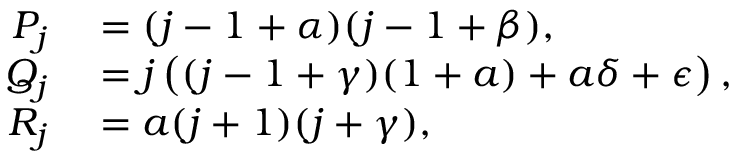
\begin{array} { r l } { P _ { j } } & { { } = ( j - 1 + \alpha ) ( j - 1 + \beta ) , } \\ { Q _ { j } } & { { } = j \left( ( j - 1 + \gamma ) ( 1 + a ) + a \delta + \epsilon \right) , } \\ { R _ { j } } & { { } = a ( j + 1 ) ( j + \gamma ) , } \end{array}